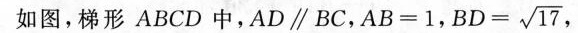
如图，梯形ABCD中，AD \parallel BC，$$A B = 1$$，$$B D = \sqrt { 1 7 }$$ ，